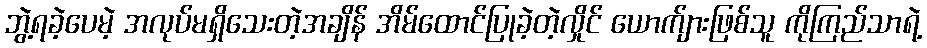
ဘွဲ့ရခဲ့ပေမဲ့ အလုပ်မရှိသေးတဲ့အချိန် အိမ်ထောင်ပြုခဲ့တဲ့လှိုင် ယောက်ျားဖြစ်သူ ကိုကြည်သာရဲ့